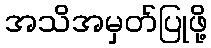
အသိအမှတ်ပြုဖို့